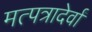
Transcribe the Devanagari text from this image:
मत्पत्रादेर्वां